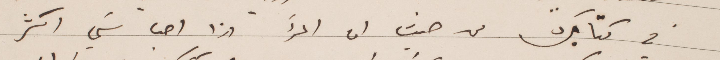
في كتابك من حيث ان المرء اذا احب شي اكثر